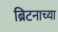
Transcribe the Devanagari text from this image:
ब्रिटनाच्या